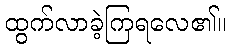
ထွက်လာခဲ့ကြရလေ၏။